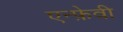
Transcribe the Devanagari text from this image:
एन्फ़ेवी